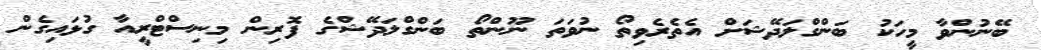
ބޭނުންވާ މީހަކު ބަންގްލަދޭޝަށް އެތެރެވިތޯ ނުވަތަ ނޫންތޯ ބަންގްލަދޭޝްގެ ފޮރިން މިނިސްޓްރީއާ ގުޅައިގެން